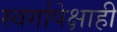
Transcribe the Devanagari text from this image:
स्वर्गापेक्षाही